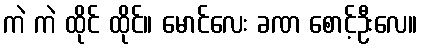
ကဲ ကဲ ထိုင် ထိုင်။ မောင်လေး ခဏ စောင့်ဦးလေ။